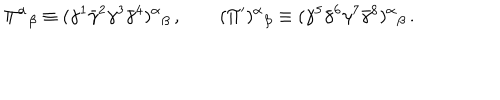
LaTeX: \Pi ^ { \alpha } { } _ { \beta } \equiv ( \gamma ^ { 1 } \bar { \gamma } ^ { 2 } \gamma ^ { 3 } \bar { \gamma } ^ { 4 } ) ^ { \alpha } { } _ { \beta } \, , \qquad ( \Pi ^ { \prime } ) ^ { \alpha } { } _ { \beta } \equiv ( \gamma ^ { 5 } \bar { \gamma } ^ { 6 } \gamma ^ { 7 } \bar { \gamma } ^ { 8 } ) ^ { \alpha } { } _ { \beta } \, .